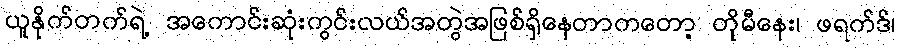
ယူနိုက်တက်ရဲ့ အကောင်းဆုံးကွင်းလယ်အတွဲအဖြစ်ရှိနေတာကတော့ တိုမီနေး၊ ဖရက်ဒ်၊